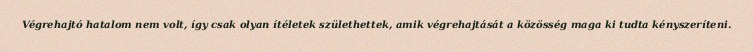
Végrehajtó hatalom nem volt, így csak olyan ítéletek születhettek, amik végrehajtását a közösség maga ki tudta kényszeríteni.